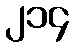
၂၁၄